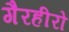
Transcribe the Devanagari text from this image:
गैरहीरो